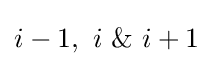
i-1,\ i\ \&\ i+1